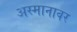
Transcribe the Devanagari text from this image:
अस्मानावर